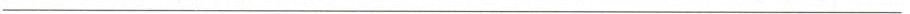
___